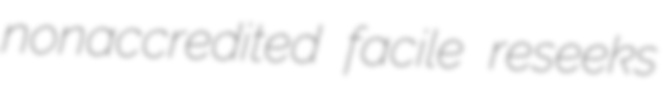
nonaccredited facile reseeks